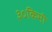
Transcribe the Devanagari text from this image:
३०किमी